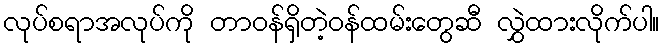
လုပ်စရာအလုပ်ကို တာဝန်ရှိတဲ့ဝန်ထမ်းတွေဆီ လွှဲထားလိုက်ပါ။